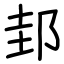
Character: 邽